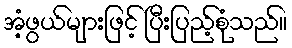
အံ့ဖွယ်များဖြင့် ပြီးပြည့်စုံသည်။